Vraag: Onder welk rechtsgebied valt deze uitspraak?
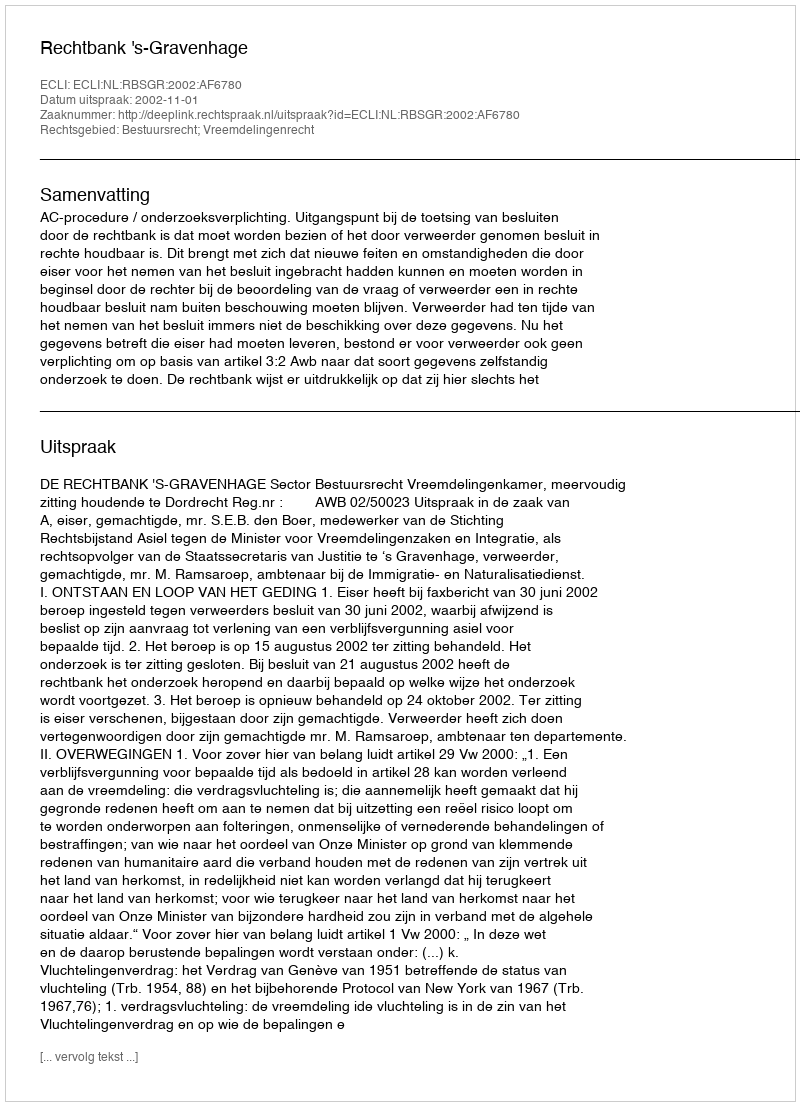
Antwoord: Bestuursrecht; Vreemdelingenrecht